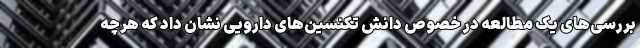
بررسی‌های یک مطالعه در خصوص دانش تکنسین‌های دارویی نشان داد که هرچه